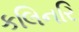
કલિનરિ